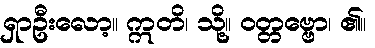
ရှာဦးလော့။ ဣတိ၊ သို့။ ဝတ္တဗ္ဗော၊ ၏။